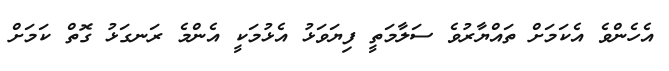
އެހެންވެ އެކަމަށް ތައްޔާރުވެ ސަލާމަތީ ފިޔަވަޅު އެޅުމަކީ އެންމެ ރަނގަޅު ގޮތް ކަމަށް